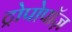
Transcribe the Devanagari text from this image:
ट्रोपोपॉज़